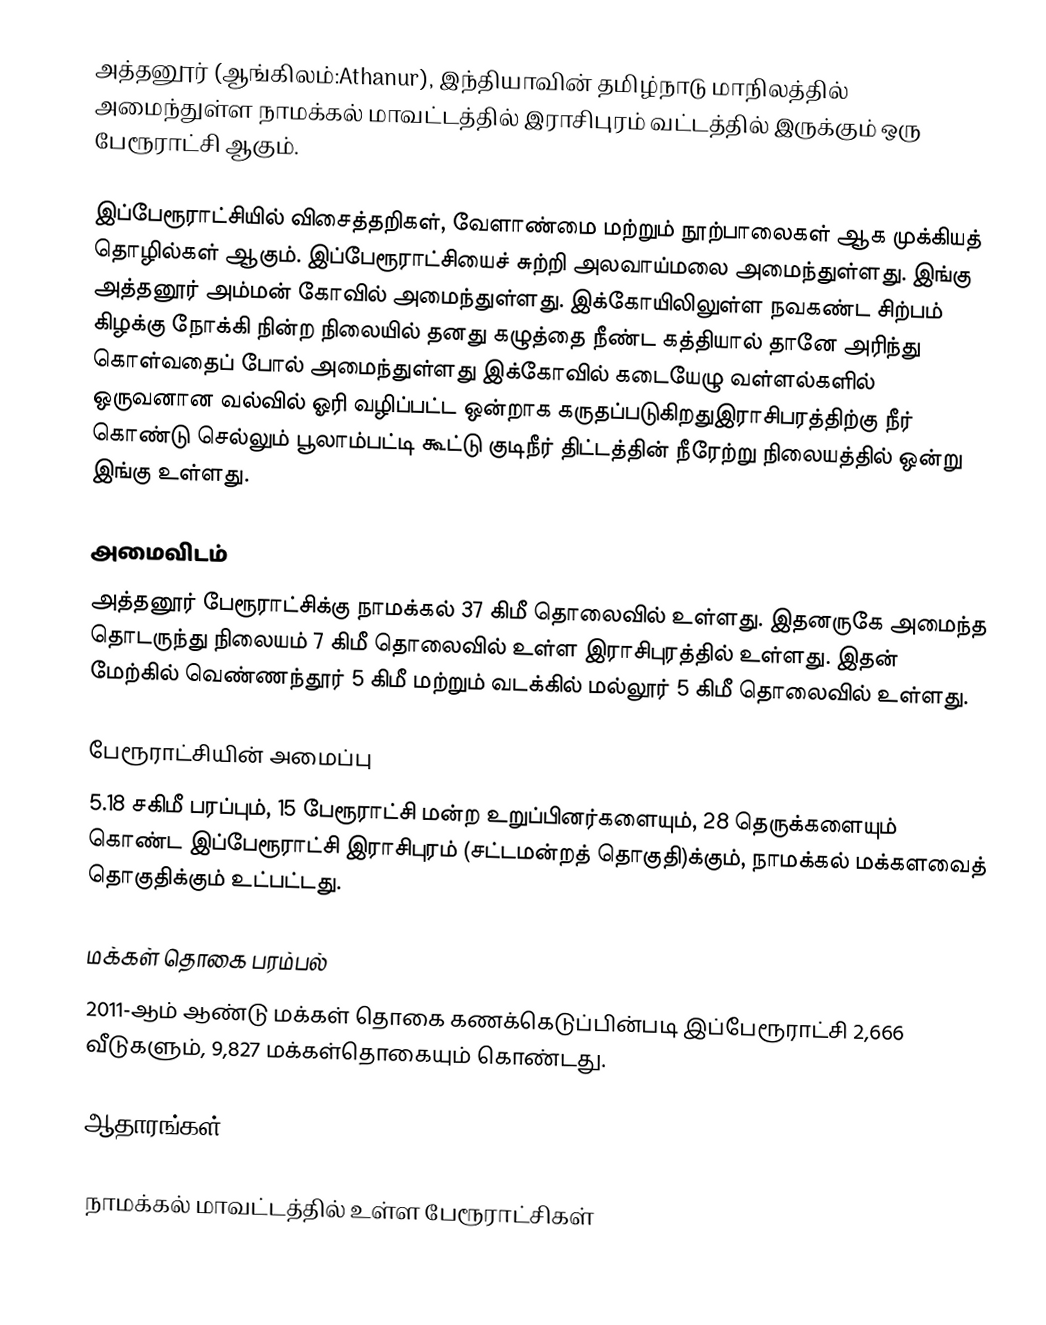
அத்தனூர் (ஆங்கிலம்:Athanur), இந்தியாவின் தமிழ்நாடு மாநிலத்தில் அமைந்துள்ள நாமக்கல் மாவட்டத்தில் இராசிபுரம் வட்டத்தில் இருக்கும் ஒரு பேரூராட்சி ஆகும்.

இப்பேரூராட்சியில் விசைத்தறிகள், வேளாண்மை மற்றும் நூற்பாலைகள் ஆக முக்கியத் தொழில்கள் ஆகும். இப்பேரூராட்சியைச் சுற்றி அலவாய்மலை அமைந்துள்ளது. இங்கு அத்தனூர் அம்மன் கோவில் அமைந்துள்ளது. இக்கோயிலிலுள்ள நவகண்ட சிற்பம் கிழக்கு நோக்கி நின்ற நிலையில் தனது கழுத்தை நீண்ட கத்தியால் தானே அரிந்து கொள்வதைப் போல் அமைந்துள்ளது இக்கோவில் கடையேழு வள்ளல்களில் ஒருவனான வல்வில் ஓரி வழிப்பட்ட ஒன்றாக கருதப்படுகிறதுஇராசிபரத்திற்கு நீர் கொண்டு செல்லும் பூலாம்பட்டி கூட்டு குடிநீர் திட்டத்தின் நீரேற்று நிலையத்தில் ஒன்று இங்கு உள்ளது.

அமைவிடம்
அத்தனூர் பேரூராட்சிக்கு நாமக்கல் 37 கிமீ தொலைவில் உள்ளது. இதனருகே அமைந்த தொடருந்து நிலையம் 7 கிமீ தொலைவில் உள்ள இராசிபுரத்தில் உள்ளது. இதன் மேற்கில் வெண்ணந்தூர் 5 கிமீ மற்றும் வடக்கில் மல்லூர் 5 கிமீ தொலைவில் உள்ளது.

பேரூராட்சியின் அமைப்பு
5.18 சகிமீ பரப்பும்,  15  பேரூராட்சி மன்ற உறுப்பினர்களையும், 28 தெருக்களையும் கொண்ட இப்பேரூராட்சி இராசிபுரம்   (சட்டமன்றத் தொகுதி)க்கும், நாமக்கல் மக்களவைத் தொகுதிக்கும் உட்பட்டது.

மக்கள் தொகை பரம்பல்
2011-ஆம் ஆண்டு மக்கள் தொகை கணக்கெடுப்பின்படி  இப்பேரூராட்சி 2,666   வீடுகளும்,  9,827  மக்கள்தொகையும் கொண்டது.

ஆதாரங்கள்

நாமக்கல் மாவட்டத்தில் உள்ள பேரூராட்சிகள்